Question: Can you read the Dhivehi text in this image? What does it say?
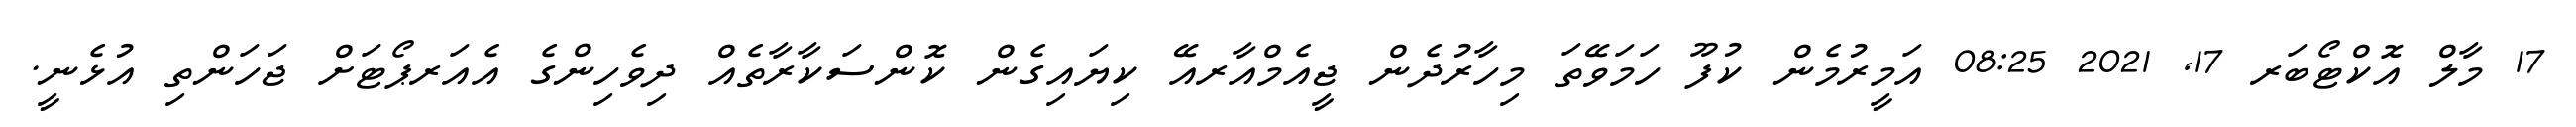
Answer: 17 މާލް އޮކްޓޯބަރ 17, 2021 08:25 އަމީރުމެން ކުފޫ ހަމަވޭތަ މިހާރުދެން ޖީއެމްއާރއޭ ކިޔައިގެން ކޮންސަކާރާތެއް ދިވެހިންގެ އެއަރޕޯޓަށް ޖަހަންތި އުޅެނީ.